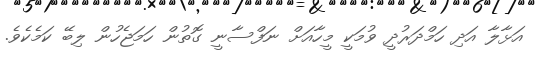
އަޅާލާ އަދި ހަމްދަރުދީ ވުމަކީ މީހާއަށް ނަފްސާނީ ގޮތުން ހަމަޖެހުން ލިބޭ ކަމެކެވެ.